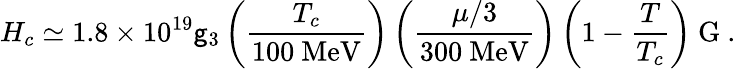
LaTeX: H_{c}\simeq1.8\times10^{19}\mathsf{g}_{3}\left(\frac{{T_{c}}}{{100\mathrm{{~MeV}}}}\right)\left(\frac{{\mu/3}}{{300\mathrm{{~MeV}}}}\right)\left(1-\frac{{T}}{{T_{c}}}\right)\mathrm{{~G}}\ .